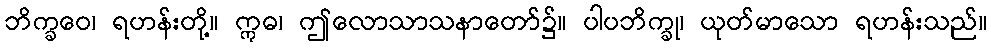
ဘိက္ခဝေ၊ ရဟန်းတို့။ ဣဓ၊ ဤလောသာသနာတော်၌။ ပါပဘိက္ခု၊ ယုတ်မာသော ရဟန်းသည်။